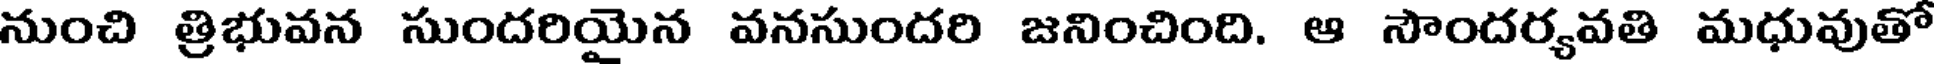
నుంచి త్రిభువన సుందరియైన వనసుందరి జనించింది. ఆ సౌందర్యవతి మధువుతో